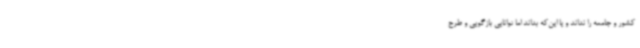
کشور و جامعه را نداند و یا این‌که بداند اما توانایی بازگویی و طرح